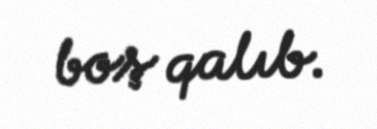
boş qalıb.